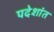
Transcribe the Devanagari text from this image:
पदेशांत